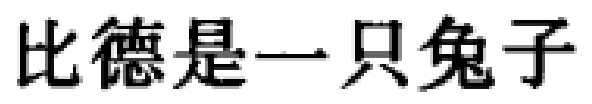
比德是一只兔子